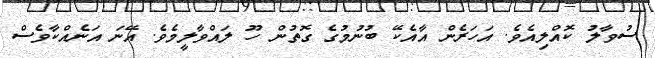
ސުވާލު ކޮއްލިއެވެ. އަހަރެން އާއެކޭ ބުނުމުގެ ގޮތުން ހޫ ލައްވާލީމެވެ. އޭނަ އަނެއްކާވެސް